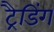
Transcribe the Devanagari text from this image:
ट्रैडिंग